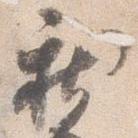
新